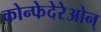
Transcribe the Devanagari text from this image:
कोन्फेदेरेओन्